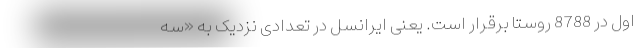
اول در 8788 روستا برقرار است. یعنی ایرانسل در تعدادی نزدیک به «سه